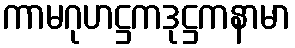
ကာမဂုဟဋ္ဌကဒုဋ္ဌကနာမာ